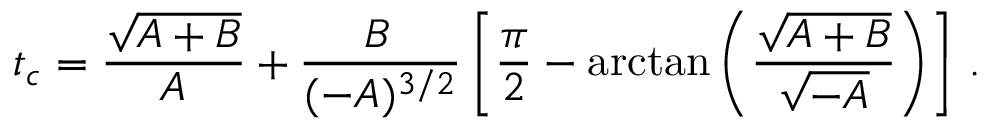
t _ { c } = \frac { \sqrt { A + B } } { A } + \frac { B \, } { ( - A ) ^ { 3 / 2 } } \left[ \frac { \pi } { 2 } - \mathrm { a r c t a n } \left( \frac { \sqrt { A + B } } { \sqrt { - A } } \right) \right] \, .